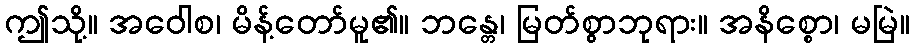
ဤသို့။ အဝေါစ၊ မိန့်တော်မူ၏။ ဘန္တေ၊ မြတ်စွာဘုရား။ အနိစ္စော၊ မမြဲ။